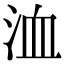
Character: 洫